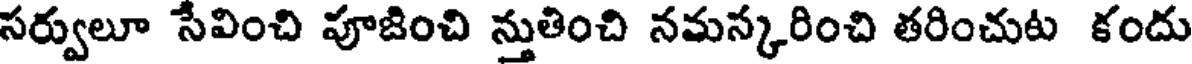
సర్వులూ సేవించి పూజించి స్తుతించి నమస్కరించి తరించుట కందు